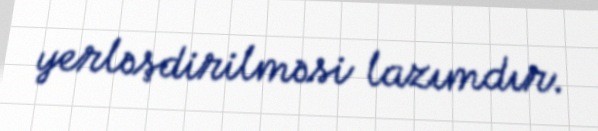
yerləşdirilməsi lazımdır.